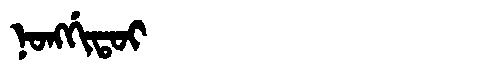
Manchu: ᠨᠣᠩᡤᡳᡨᠣᡳ
Romanization: NONGGITOI